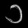
Digit: ၁